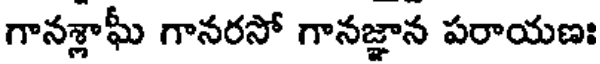
గానశ్లాఘీ గానరసో గానజ్ఞాన పరాయణః